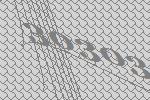
30303